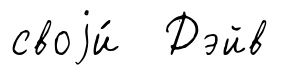
своjи́ Дэйв